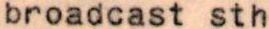
broadcast sth